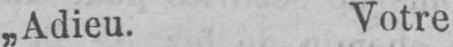
„Adieu. Votre